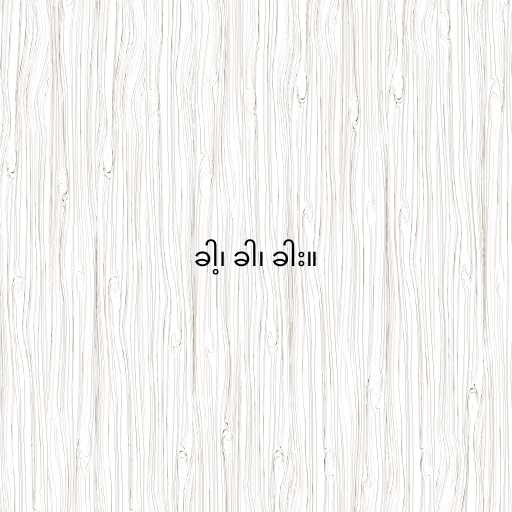
ခါ့၊ ခါ၊ ခါး။